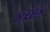
કયાક